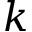
k